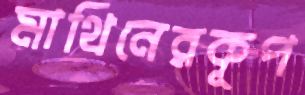
মাথিনেরকূপ